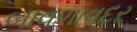
બાવળાવદર